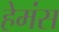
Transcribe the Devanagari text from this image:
हेमंस